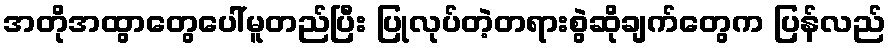
အတိုအထွာတွေပေါ်မူတည်ပြီး ပြုလုပ်တဲ့တရားစွဲဆိုချက်တွေက ပြန်လည်